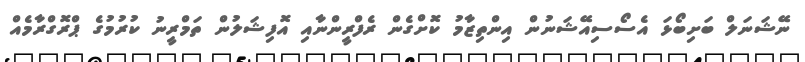
ނޭޝަނަލް ބަށިބޯޅަ އެސޯސިއޭޝަނުން އިންތިޒާމު ކޮށްގެން ރެފްރީންނާއި އޮފިޝަލުން ތަމްރީނު ކުރުމުގެ ޕްރޮގްރާމެއް